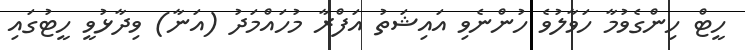
ހީޓް ހިންގެވުމާ ހަވާލުވެ ހުންނެވި އައިޝަތު އަފްރާ މުހައްމަދު (އަނާ) ވިދާޅުވީ ހީޓުގައި